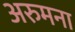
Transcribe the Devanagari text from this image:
अरुमना